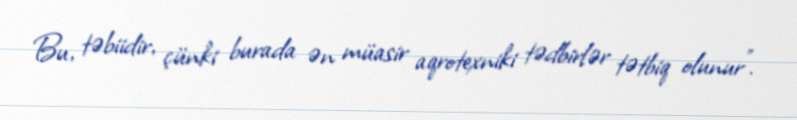
Bu, təbiidir, çünki burada ən müasir aqrotexniki tədbirlər tətbiq olunur”.